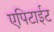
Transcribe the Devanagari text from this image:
एपिटाईट